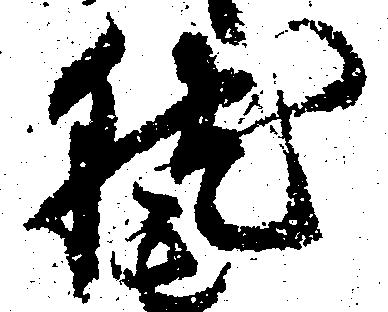
就